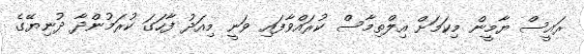
ރަައީސް ޔާމީން މިކަމަށް އިލްތިމާސް ކުރައްވާފައި ވަނީ މިއަދު ފާހަގަ ކުރަމުންދާ ދުނިޔޭގެ